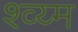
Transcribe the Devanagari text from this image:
श्व्य्म